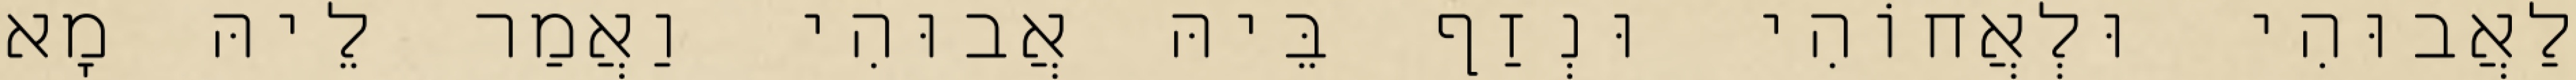
לַאֲבוּהִי וּלְאֲחוֹהִי וּנְזַף בֵּיהּ אֲבוּהִי וַאֲמַר לֵיהּ מָא